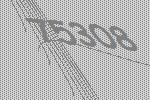
75308